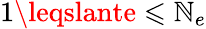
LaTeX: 1\leqslante\leqslant\mathbb{N}_{e}